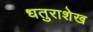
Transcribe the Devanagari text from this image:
धतुराशेख